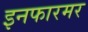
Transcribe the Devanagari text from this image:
इनफारमर